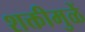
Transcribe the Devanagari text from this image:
शक्तीमुळें